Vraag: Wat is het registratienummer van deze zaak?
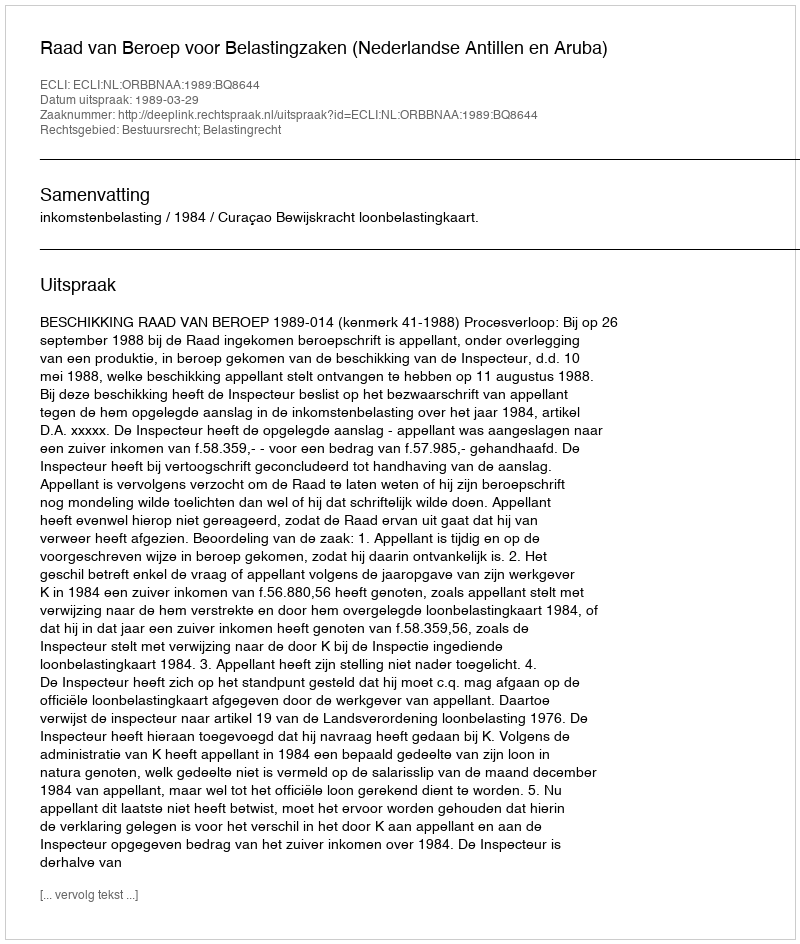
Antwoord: http://deeplink.rechtspraak.nl/uitspraak?id=ECLI:NL:ORBBNAA:1989:BQ8644